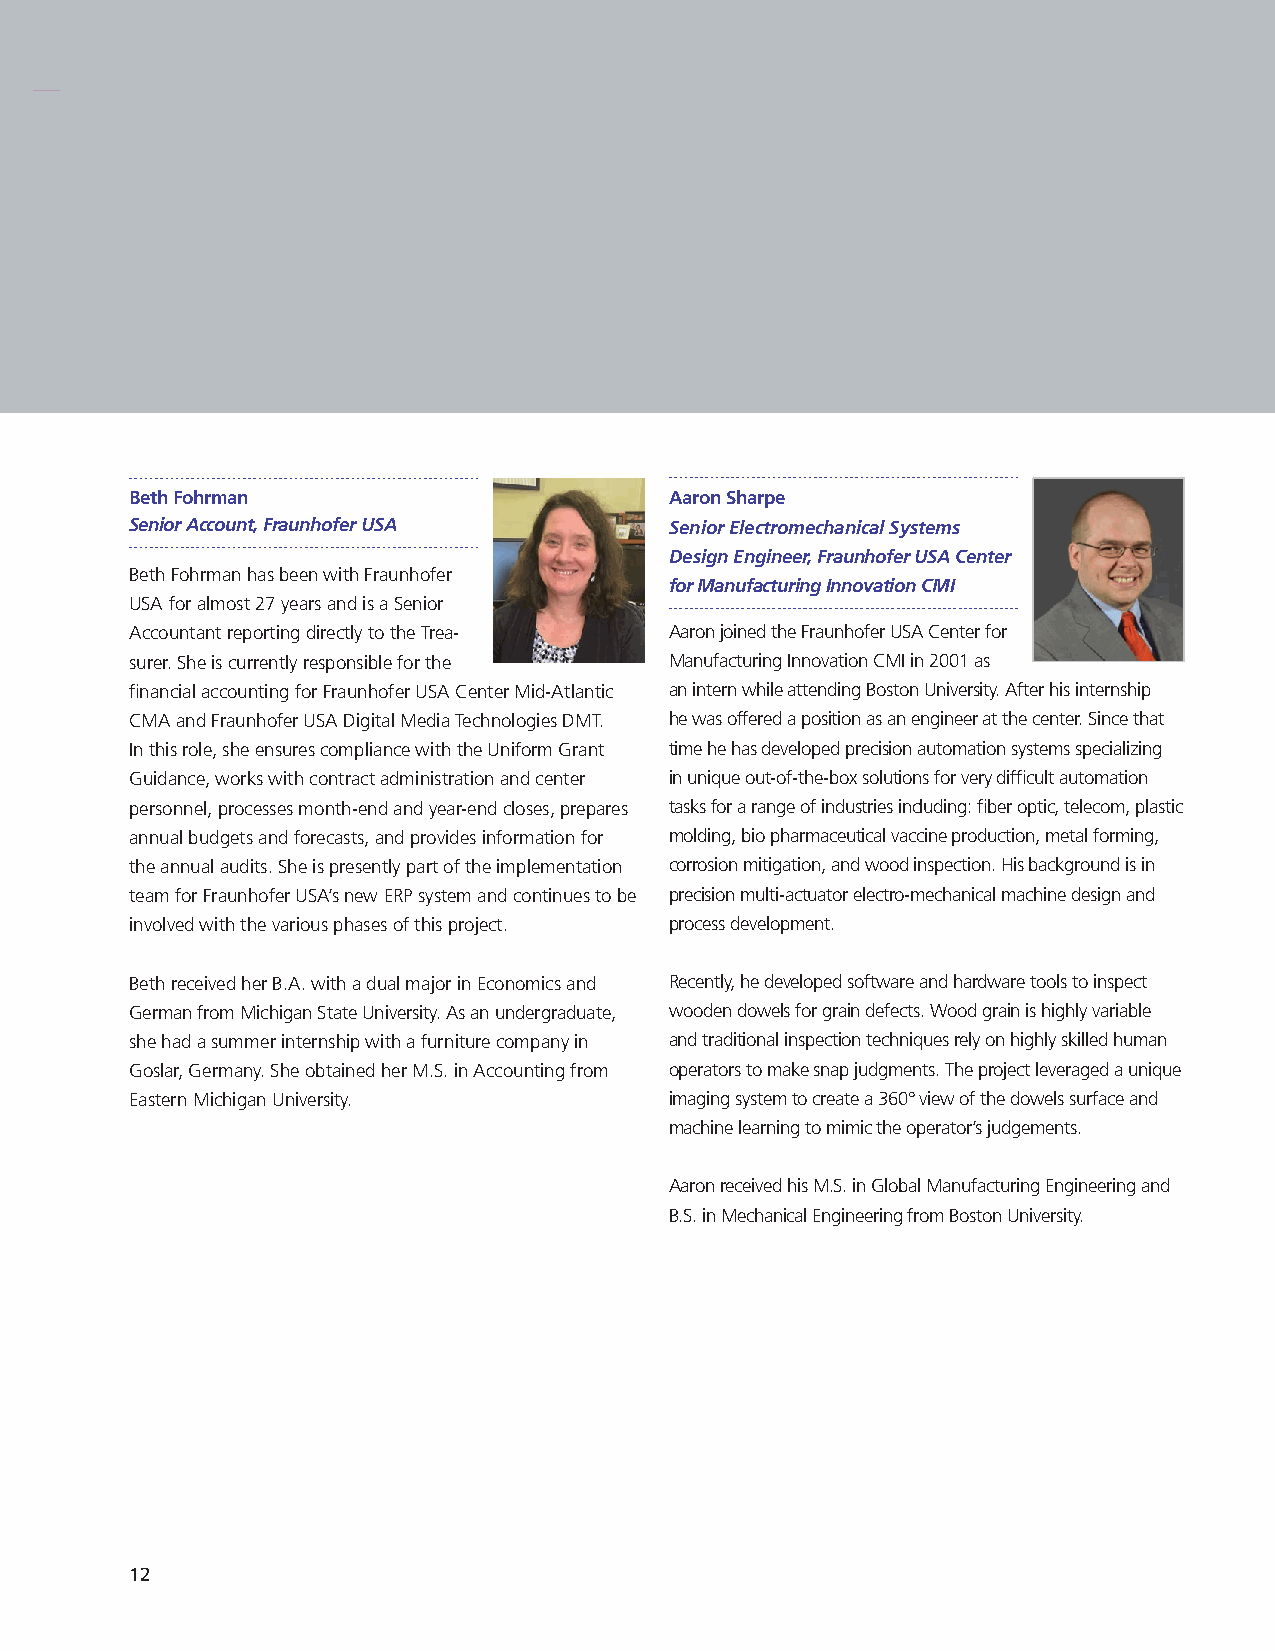
Beth Fohrman                       Aaron Sharpe
 Senior Account, Fraunhofer USA     Senior Electromechanical Systems
 Design Engineer, Fraunhofer USA Center
 Beth Fohrman has been with Fraunhofer
 for Manufacturing Innovation CMI
 USA for almost 27 years and is a Senior
 Accountant reporting directly to the Trea- Aaron joined the Fraunhofer USA Center for
 surer. She is currently responsible for the Manufacturing Innovation CMI in 2001 as
 financial accounting for Fraunhofer USA Center Mid-Atlantic an intern while attending Boston University. After his internship
 CMA and Fraunhofer USA Digital Media Technologies DMT. he was offered a position as an engineer at the center. Since that
 In this role, she ensures compliance with the Uniform Grant time he has developed precision automation systems specializing
 Guidance, works with contract administration and center in unique out-of-the-box solutions for very difficult automation
 personnel, processes month-end and year-end closes, prepares tasks for a range of industries including: fiber optic, telecom, plastic
 annual budgets and forecasts, and provides information for molding, bio pharmaceutical vaccine production, metal forming,
 the annual audits. She is presently part of the implementation corrosion mitigation, and wood inspection. His background is in
 team for Fraunhofer USA’s new ERP system and continues to be precision multi-actuator electro-mechanical machine design and
 involved with the various phases of this project. process development.
 Beth received her B.A. with a dual major in Economics and Recently, he developed software and hardware tools to inspect
 German from Michigan State University. As an undergraduate, wooden dowels for grain defects. Wood grain is highly variable
 she had a summer internship with a furniture company in and traditional inspection techniques rely on highly skilled human
 Goslar, Germany. She obtained her M.S. in Accounting from operators to make snap judgments. The project leveraged a unique
 Eastern Michigan University.       imaging system to create a 360° view of the dowels surface and
 machine learning to mimic the operator’s judgements.
 Aaron received his M.S. in Global Manufacturing Engineering and
 B.S. in Mechanical Engineering from Boston University.
 12